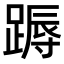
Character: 𨃽